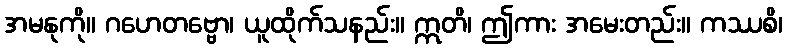
အမနုကို။ ဂဟေတဗ္ဗော၊ ယူထိုက်သနည်း။ ဣတိ၊ ဤကား အမေးတည်း။ ကဿစိ၊